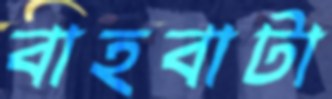
বাহবাটা